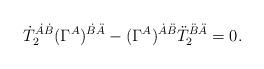
LaTeX: \begin{align*}\dot T_2^{\dot A\dot B} (\Gamma^A)^{\dot B\ddot A} -(\Gamma^A)^{\dot A\ddot B} \ddot T_2^{\ddot B\ddot A} = 0.\end{align*}